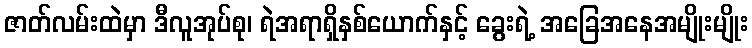
ဇာတ်လမ်းထဲမှာ ဒီလူအုပ်စု၊ ရဲအရာရှိနှစ်ယောက်နှင့် ခွေးရဲ့ အခြေအနေအမျိုးမျိုး